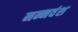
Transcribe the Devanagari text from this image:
नन्नवंश